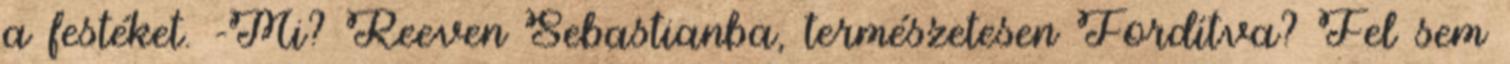
a festéket. -Mi? Reeven Sebastianba, természetesen Fordítva? Fel sem